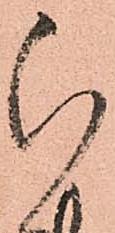
ら